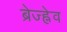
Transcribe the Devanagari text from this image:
ब्रेज्ह्नेव